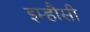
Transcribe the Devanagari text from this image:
इम्हौसी